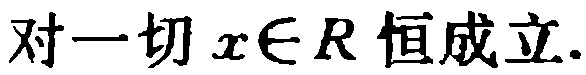
对一切\(x\in R\)恒成立.